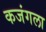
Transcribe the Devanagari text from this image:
कजंगला